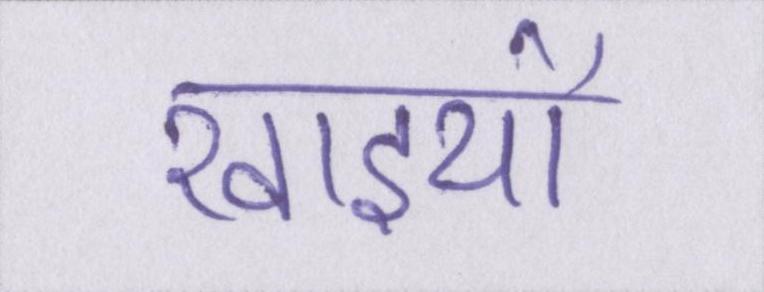
खाइयों